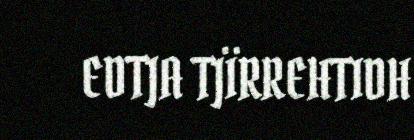
EDTJA TJÏRREHTIDH